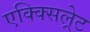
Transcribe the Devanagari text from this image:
एक्क्सिल्रेट